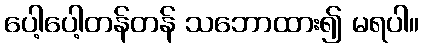
ပေါ့ပေါ့တန်တန် သဘောထား၍ မရပါ။